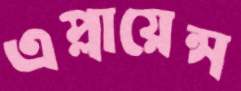
এপ্লায়েন্স